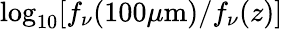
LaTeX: \log_{10}[f_{\nu}(100\mu\mathrm{m})/f_{\nu}(z)]